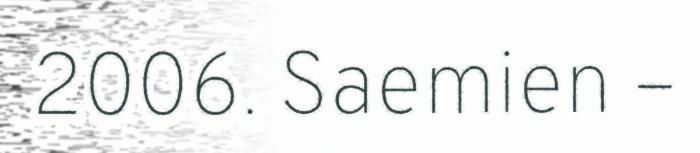
2006. Saemien –